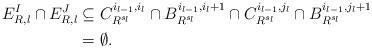
LaTeX: \begin{align*} E^I_{R, l} \cap E^J_{R, l} &\subseteq C^{i_{l - 1}, i_{l}}_{R^{s_l}} \cap B^{i_{l - 1}, i_l + 1}_{R^{s_l}} \cap C^{i_{l - 1}, j_{l}}_{R^{s_l}} \cap B^{i_{l - 1}, j_l + 1}_{R^{s_l}} \\ &= \emptyset. \end{align*}